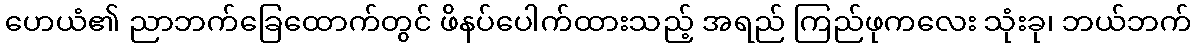
ဟေယံ၏ ညာဘက်ခြေထောက်တွင် ဖိနပ်ပေါက်ထားသည့် အရည် ကြည်ဖုကလေး သုံးခု၊ ဘယ်ဘက်